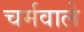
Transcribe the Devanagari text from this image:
चर्मवाले